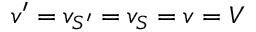
v ^ { \prime } = v _ { S ^ { \prime } } = v _ { S } = v = V